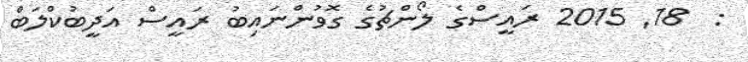
:  18